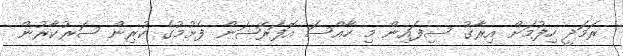
ރަމަދީ ހިފުމަށް އިރާގު ސިފައިން މި ހާއްސަ އޮފަރޭޝަން ފެށުމުގެ ކުރިން ސަރުކާރުން